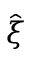
\hat { \boldsymbol \xi }